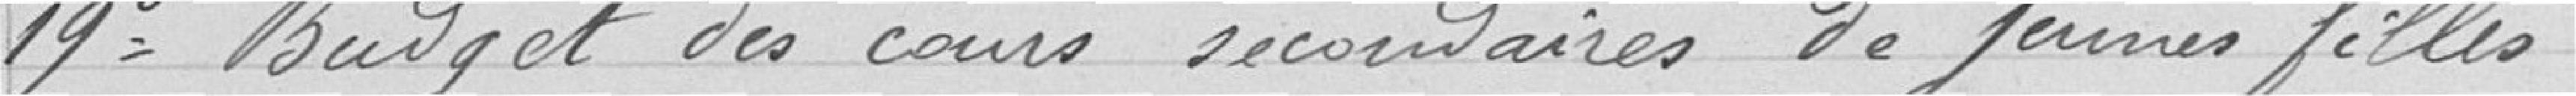
19° Budget des cours secondaires de jeunes filles.